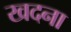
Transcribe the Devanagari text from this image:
खदना